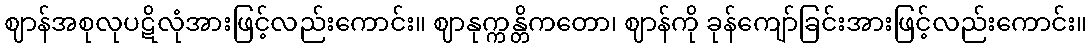
ဈာန်အစုလုပဋိလုံအားဖြင့်လည်းကောင်း။ ဈာနုက္ကန္တိကတော၊ ဈာန်ကို ခုန်ကျော်ခြင်းအားဖြင့်လည်းကောင်း။